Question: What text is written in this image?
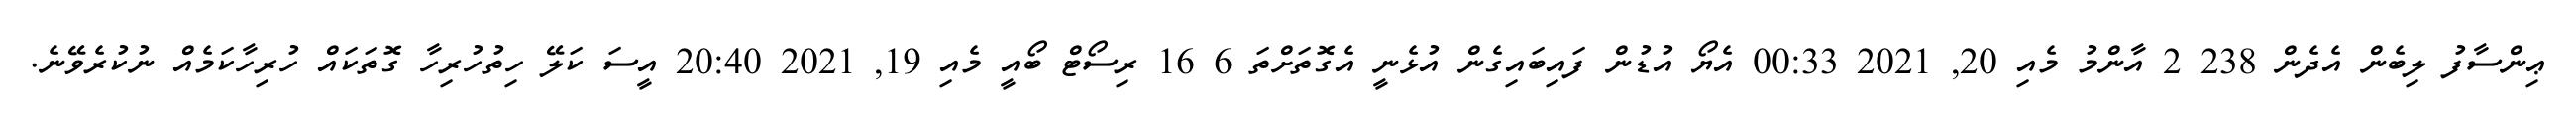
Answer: ޢިންސާފު ލިބެން އެދެން 238 2 އާންމު މެއި 20, 2021 00:33 އެޔޯ އުޑުން ފައިބައިގެން އުޅެނީ އެގޮތަށްތަ 6 16 ރިސޯޓް ބޯއީ މެއި 19, 2021 20:40 އީސަ ކަލޭ ހިތުހުރިހާ ގޮތަކައް ހުރިހާކަމެއް ނުކުރެވޭނެ.